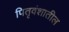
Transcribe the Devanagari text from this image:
पितृवंशातील